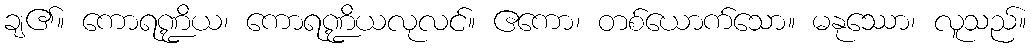
ချ၏။ ကောရဏ္ဍိယ၊ ကောရဏ္ဍိယလုလင်။ ဧကော၊ တစ်ယောက်သော။ မနုဿော၊ လူသည်။